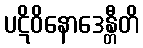
ပဋိဝိနောဒေန္တီတိ